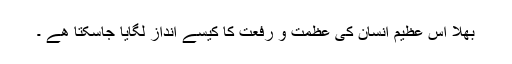
بھلا اس عظیم انسان کی عظمت و رفعت کا کیسے انداز لگایا جاسکتا ھے ۔